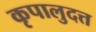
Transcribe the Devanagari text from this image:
कृपालुदत्त